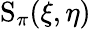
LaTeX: \operatorname{S}_{\pi}(\xi,\eta)